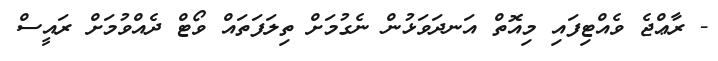
- ރާޢްޖެ ވެއްޓިފައި މިއޮތް އަނދަވަޅުން ނެގުމަށް ތިލަފަތައް ވޯޓް ދެއްވުމަށް ރައީސް